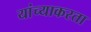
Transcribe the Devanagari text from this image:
यांच्याकरता